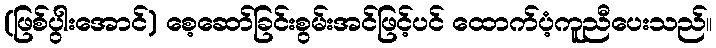
(ဖြစ်ပွါးအောင်) စေ့ဆော်ခြင်းစွမ်းအင်ဖြင့်ပင် ထောက်ပံ့ကူညီပေးသည်။